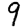
Digit: 9